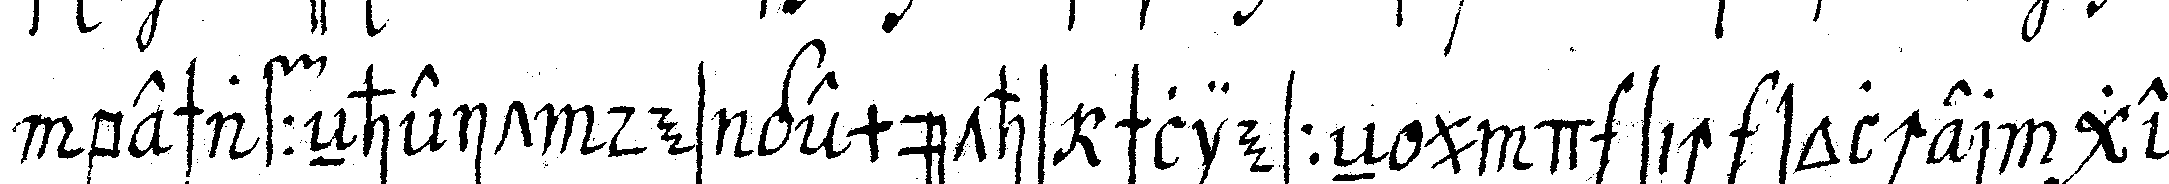
beschaffeNheit des gemüths schliesseN und sich solcher ge